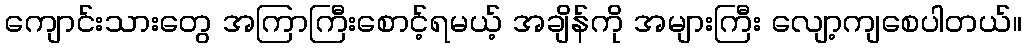
ကျောင်းသားတွေ အကြာကြီးစောင့်ရမယ့် အချိန်ကို အများကြီး လျော့ကျစေပါတယ်။